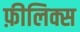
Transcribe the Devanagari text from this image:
फ़ीलिक्स